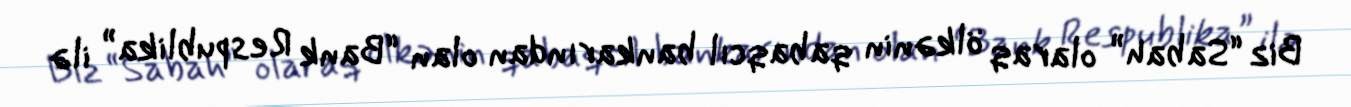
Biz “Sabah” olaraq ölkənin qabaqcıl bankarından olan “Bank Respublika” ilə